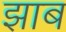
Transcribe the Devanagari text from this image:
झाब